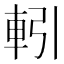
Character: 𮝅